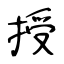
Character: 授